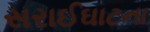
સરાઈઘાટના